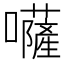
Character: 𡄳